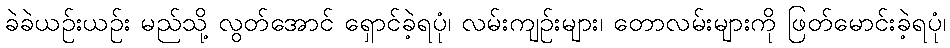
ခဲခဲယဉ်းယဉ်း မည်သို့ လွတ်အောင် ရှောင်ခဲ့ရပုံ၊ လမ်းကျဉ်းများ၊ တောလမ်းများကို ဖြတ်မောင်းခဲ့ရပုံ၊